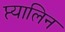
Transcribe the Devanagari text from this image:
प्त्यालिन